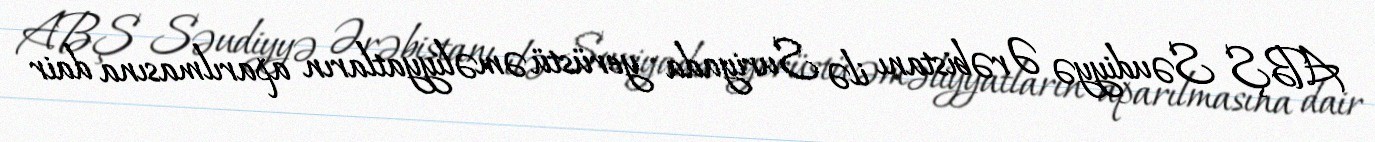
ABŞ Səudiyyə Ərəbistanı ilə Suriyada yerüstü əməliyyatların aparılmasına dair